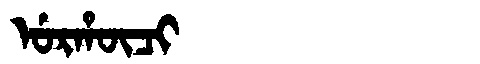
Manchu: ᡠᡵᡥᡡᠴᡳ
Romanization: URHŪCI